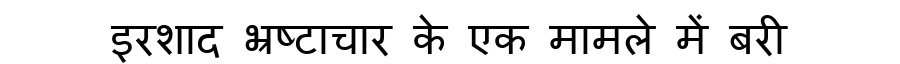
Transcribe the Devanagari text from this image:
इरशाद भ्रष्टाचार के एक मामले में बरी